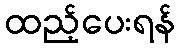
ထည့်ပေးရန်